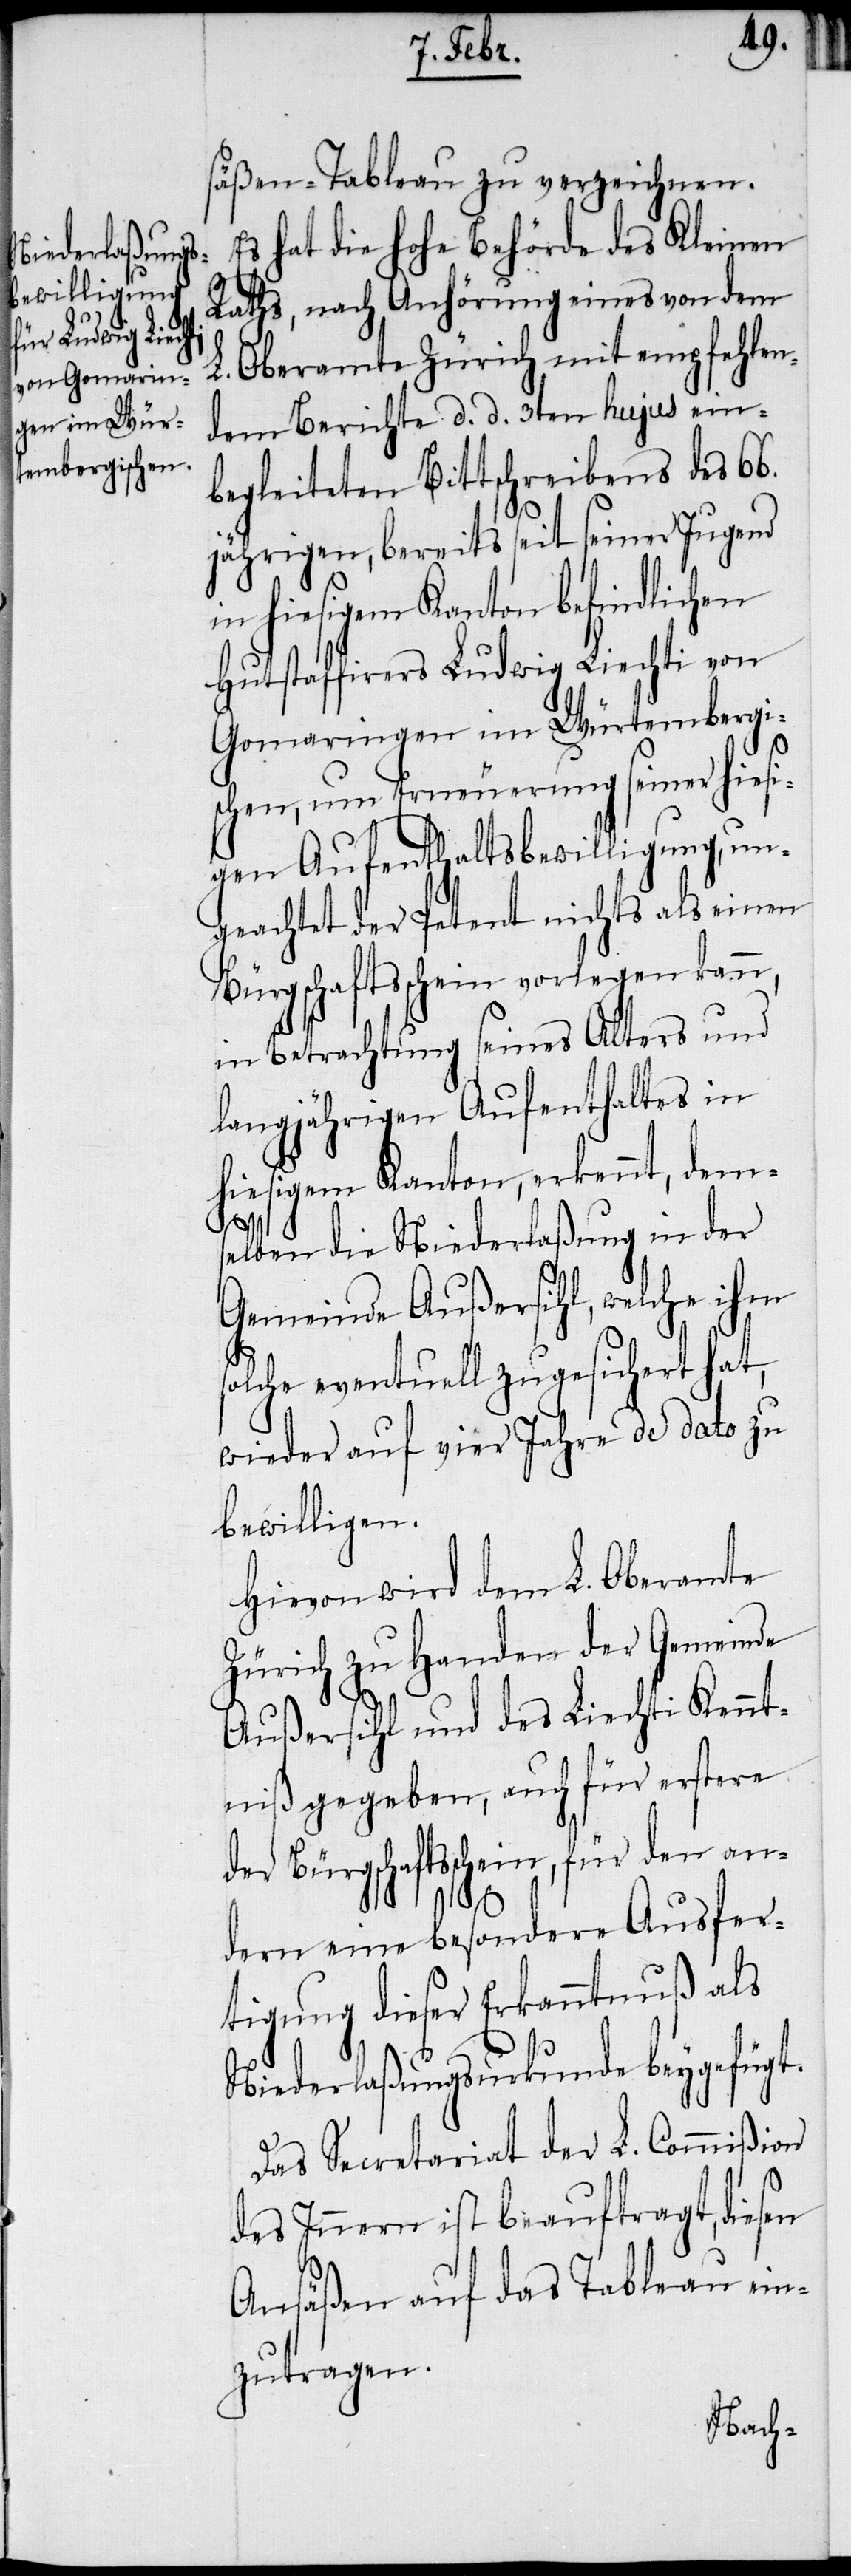
säßen-Tableau zu verzeichnen.
Es hat die hohe Behörde des Kleinen
Raths, nach Anhörung eines von dem
L. Oberamte Zürich mit empfehlen¬
dem Berichte d. d. 3ten hujus ein¬
begleiteten Bittschreibens des 66.
jährigen, bereits seit seiner Jugend
in hiesigem Kanton befindlichen
Hutstaffirers Ludwig Liechti von
Gomaringen im Würtembergi¬
s¬
schen, um Erneuerung seiner hiesi¬
gen Aufenthaltsbewilligung, un¬
geachtet der Petent nichts als einen
Bürgschaftsschein vorlegen kann,
in Betrachtung seines Alters und
langjährigen Aufenthaltes in
hiesigem Kanton, erkennt, dems¬
elben die Niederlaßung in der
Gemeinde Außersihl, welche ihm
olche eventuell zugesichert hat,
wieder auf vier Jahre de dato zu
bewilligen.
Hievon wird dem L. Oberamte
Zürich zu Handen der Gemeinde
Außersihl und des Liechti Kennt¬
niß gegeben, auch für erstere
der Bürgschaftsschein, für den an¬
dern eine besondere Ausfer¬
tigung dieser Erkanntnuß als
Niederlaßungsurkunde, beygefügt.
Das Secretariat der L. Commißion
des Innern ist beauftragt, diesen
Ansäßen auf das Tableau ein¬
zutragen.